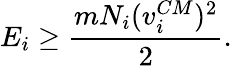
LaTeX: E_{i}\ge\frac{mN_{i}(v_{i}^{CM})^{2}}{2}.